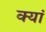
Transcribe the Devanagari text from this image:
क्यां